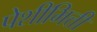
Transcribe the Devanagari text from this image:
पेशीभित्ती